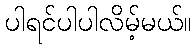
ပါရင်ပါပါလိမ့်မယ်။